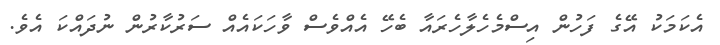
އެކަމަކު އޭގެ ފަހުން އިސްމެހެލާހެރައާ ބެހޭ އެއްވެސް ވާހަކައެއް ސަރުކާރުން ނުދައްކަ އެވެ.